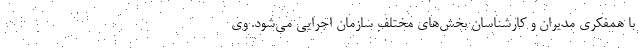
با همفکری مدیران و کارشناسان بخش‌های مختلف سازمان اجرایی می‌شود. وی